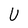
Character: U